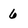
Character: 6